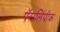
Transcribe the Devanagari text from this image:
पॅरालिंपीक